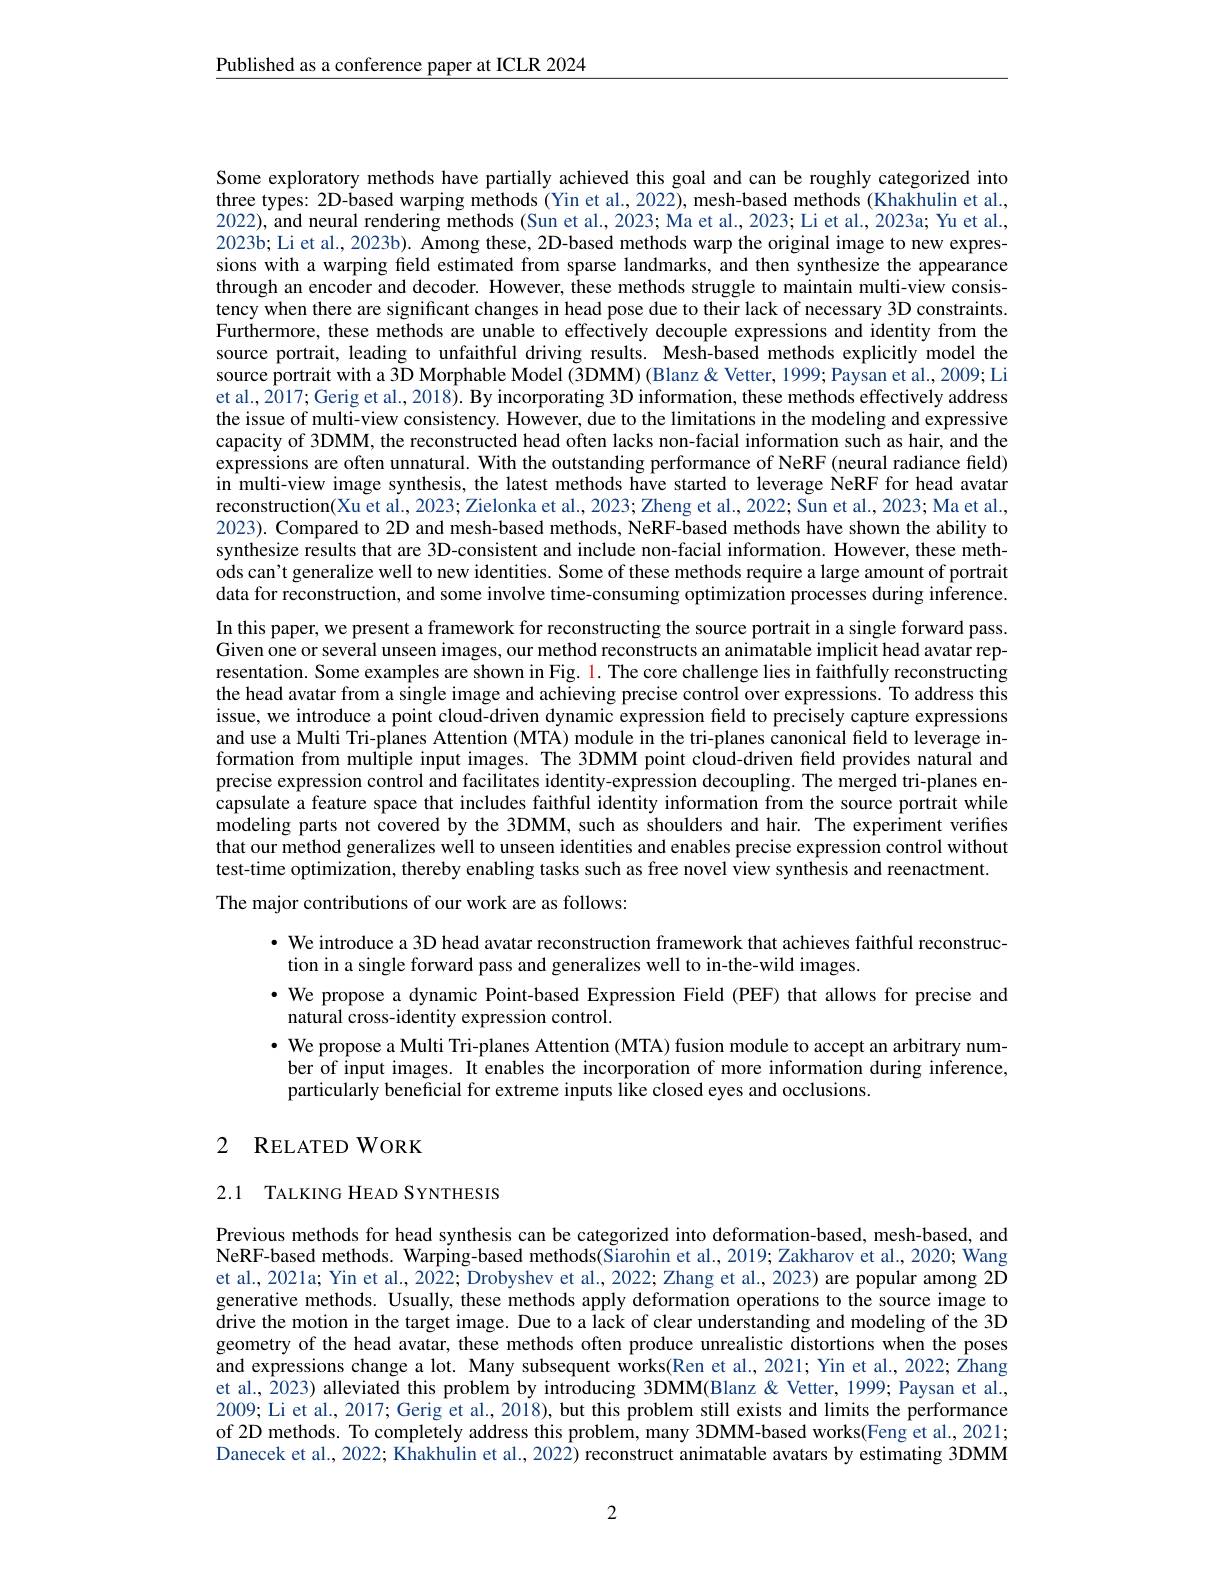
$\underline{\text{Published as a conference paper at ICLR 2024}}$

Some exploratory methods have partially achieved this goal and can be roughly categorized into three types: 2D-based warping methods (Yin et al., 2022), mesh-based methods (Khakhulin et al., 2022), and neural rendering methods (Sun et al., 2023; Ma et al., 2023; Li et al., 2023a; Yu et al., 2023b; Li et al., 2023b). Among these, 2D-based methods warp the original image to new expressions with a warping field estimated from sparse landmarks, and then synthesize the appearance through an encoder and decoder. However, these methods struggle to maintain multi-view consistency when there are significant changes in head pose due to their lack of necessary 3D constraints. Furthermore, these methods are unable to effectively decouple expressions and identity from the source portrait, leading to unfaithful driving results. Mesh-based methods explicitly model the source portrait with a 3D Morphable Model (3DMM) (Blanz & Vetter, 1999; Paysan et al., 2009; Li et al., 2017; Gerig et al., 2018). By incorporating 3D information, these methods effectively address the issue of multi-view consistency. However, due to the limitations in the modeling and expressive capacity of 3DMM, the reconstructed head often lacks non-facial information such as hair, and the expressions are often unnatural. With the outstanding performance of NeRF (neural radiance field) in multi-view image synthesis, the latest methods have started to leverage NeRF for head avatar reconstruction(Xu et al., 2023; Zielonka et al., 2023; Zheng et al., 2022; Sun et al., 2023; Ma et al., 2023). Compared to 2D and mesh-based methods, NeRF-based methods have shown the ability to synthesize results that are 3D-consistent and include non-facial information. However, these methods can't generalize well to new identities. Some of these methods require a large amount of portrait data for reconstruction, and some involve time-consuming optimization processes during inference. In this paper, we present a framework for reconstructing the source portrait in a single forward pass. Given one or several unseen images, our method reconstructs an animatable implicit head avatar representation. Some examples are shown in Fig. 1. The core challenge lies in faithfully reconstructing the head avatar from a single image and achieving precise control over expressions. To address this issue, we introduce a point cloud-driven dynamic expression field to precisely capture expressions and use a Multi Tri-planes Attention ( MTA) module in the tri-planes canonical field to leverage information from multiple input images. The 3DMM point cloud-driven field provides naturãl and precise expression control and facilitates identity-expression decoupling. The merged tri-planes encapsulate a feature space that includes faithful identity information from the source portrait while modeling parts not covered by the 3DMM, such as shoulders and hair. The experiment verifies that our method generalizes well to unseen identities and enables precise expression control without test-time optimization, thereby enabling tasks such as free novel view synthesis and reenactment.
The major contributions of our work are as follows:

· We introduce a 3D head avatar reconstruction framework that achieves faithful reconstruc-
tion in a single forward pass and generalizes well to in-the-wild images.
· We propose a dynamic Point-based Expression Field (PEF) that allows for precise and
natural cross-identity expression control.
$\bullet$We propose a Multi Tri- planes Attention ( MTA) fusion module to accept an arbitrary num- $\bullet$We propose a Multi Tri- planes Attention ( MTA) fusion module to accept an arbitrary num- bare of innut inaroos It anos arntion f module to accept an arbitr
ber of input images. It enables the incorporation of more information during inference,
particularly beneficial for extreme inputs like closed eyes and occlusions.

# 2 RELATED WORK

2.1 TALKING HEAD SYNTHESIS

Previous methods for head synthesis can be categorized into deformation-based, mesh-based, and NeRF-based methods. Warping-based methods(Šiarohin et al., 2019; Zakharov et al., 2020; Wang et al., 2021a; Yin et al., 2022; Drobyshev et al., 2022; Zhang et al., 2023) are popular among 2D generative methods. Usually, these methods apply deformation operations to the source image to drive the motion in the target image. Due to a lack of clear understanding and modeling of the 3D geometry of the head avatar, these methods often produce unrealistic distortions when the poses and expressions change a lot. Many subsequent works(Ren et al., 2021; Yin et al., 2022; Zhang et al., 2023) alleviated this problem by introducing 3DMM(Blanz & Vetter, 1999; Paysan et al., 2009; Li et al., 2017; Gerig et al., 2018), but this problem still exists and limits the performance of 2D methods. To completely address this problem, many 3DMM-based works(Feng et al., 2021; Danecek et al., 2022; Khakhulin et al., 2022) reconstruct animatable avatars by estimating 3DMM

2